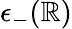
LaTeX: \epsilon_{-}(\mathbb{R})